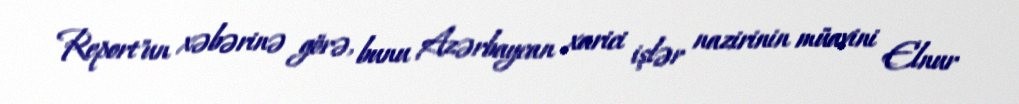
Report"un xəbərinə görə, bunu Azərbaycan xarici işlər nazirinin müavini Elnur